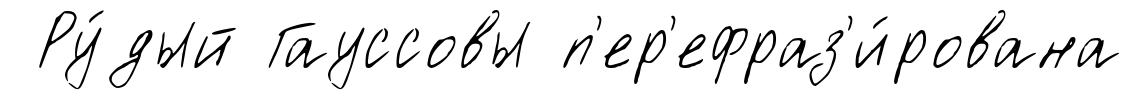
Ру́дый Гауссовы п'ер'ефраз'и́рована